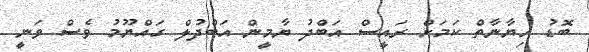
ބޮޑު ހިޔާނާތް ކަމަށް ރައީސް އަބްދު ޔާމީން އަބްދުލް ގައްޔޫމު ވެސް ވަނީ